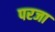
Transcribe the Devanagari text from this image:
परजा